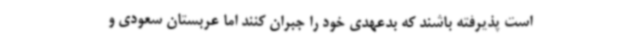
است پذیرفته باشند که بدعهدی خود را جبران کنند اما عربستان سعودی و